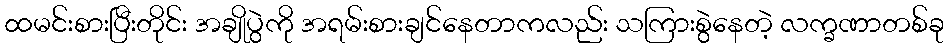
ထမင်းစားပြီးတိုင်း အချိုပွဲကို အရမ်းစားချင်နေတာကလည်း သကြားစွဲနေတဲ့ လက္ခဏာတစ်ခု